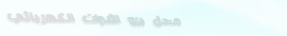
محل بيع الأدوات الكهربائي